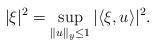
LaTeX: \begin{align*} \vert \xi\vert^2= \sup_{\Vert u\Vert_y\leq 1} |\langle \xi, u\rangle |^2. \end{align*}